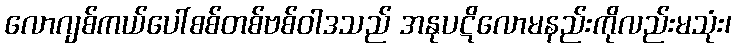
လောဂျစ်ကယ်ပေါ်စစ်တစ်ဗစ်ဝါဒသည် အနုပဋိလောမနည်းကိုလည်းမသုံး၊